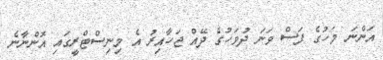
އަންނަ މަހުގެ ފަސް ވަނަ ދުވަހުގެ ދޭއް ޖަހާއިރު އެ މިނިސްޓްރީގައި އޮންނާނެ